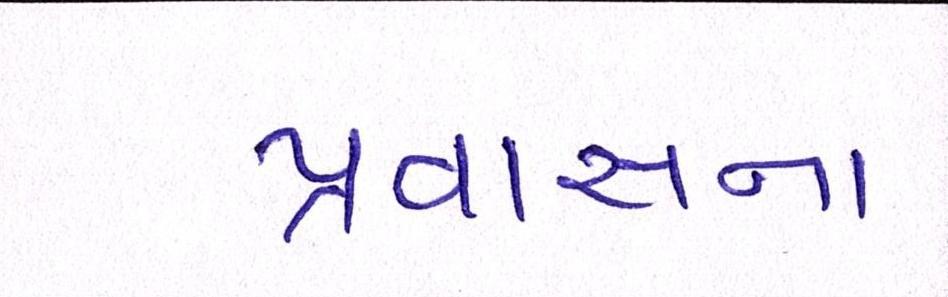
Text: પ્રવાસના